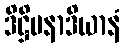
ဒိဋ္ဌိမနာဒိယာနံ